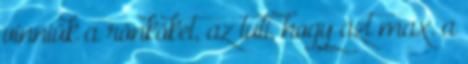
vinniük a rönköket, az tuti, hogy azt max. a